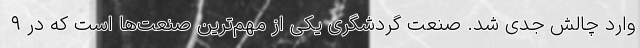
وارد چالش جدی شد. صنعت گردشگری یکی از مهم‌ترین صنعت‌ها است که در ۹